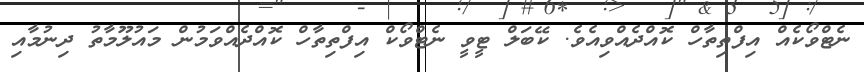
ނެޓްވޯކެއް އިފްތިތާހް ކޮއްދެއްވިއެވެ. ކޭބަލް ޓީވީ ނެޓްވޯކް އިފްތިތާހް ކޮއްދެއްވަމުން މައުލޫމާތު ދިނުމާއި